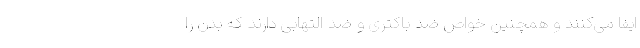
ایفا می‌کنند و همچنین خواص ضد باکتری و ضد التهابی دارند که بدن را